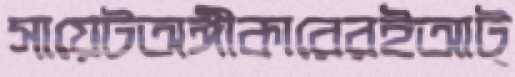
সায়েটঅঙ্গীকারেরইআট্